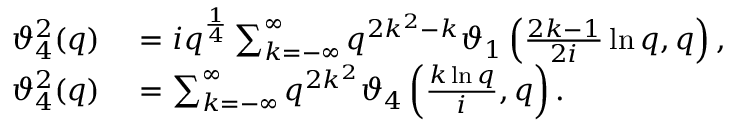
\begin{array} { r l } { \vartheta _ { 4 } ^ { 2 } ( q ) } & { { } = i q ^ { \frac { 1 } { 4 } } \sum _ { k = - \infty } ^ { \infty } q ^ { 2 k ^ { 2 } - k } \vartheta _ { 1 } \left( { \frac { 2 k - 1 } { 2 i } } \ln q , q \right) , } \\ { \vartheta _ { 4 } ^ { 2 } ( q ) } & { { } = \sum _ { k = - \infty } ^ { \infty } q ^ { 2 k ^ { 2 } } \vartheta _ { 4 } \left( { \frac { k \ln q } { i } } , q \right) . } \end{array}